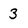
Character: 3